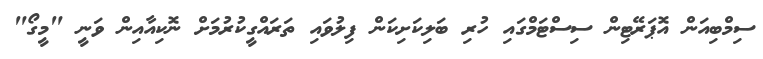
ސިިމްބިއަން އޮޕަރޭޓިން ސިސްޓަމްގައި ހުރި ބަލިކަށިކަން ފިލުވައި ތަރައްގީކުރުމަށް ނޮކިއާއިން ވަނީ "މީގޯ"